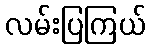
လမ်းပြကြယ်